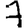
Digit: 7